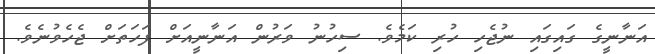
އަނާނީގެ ގައިގައި ނުޖެހި ހުރި ކަމެވެ. ސިހުނު ވަރުން އަނާނީއަށް ފަހަތަށް ޖެހެވުނެވެ.